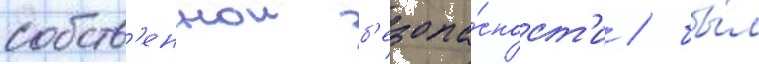
собств'еннои б'езопа́сност'и / бы́л